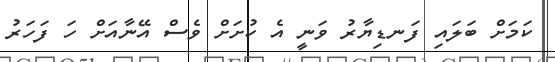
ކަމަށް ބަލައި ފަނޑިޔާރު ވަނީ އެ ކުށަށް ވެސް އޭނާއަށް ހަ ފަހަރު